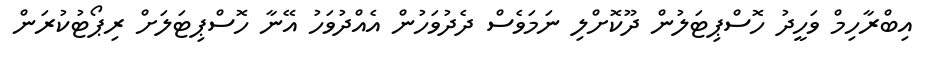
އިބްރާހިމް ވަހީދު ހޮސްޕިޓަލުން ދޫކޮށްލި ނަމަވެސް ދެދުވަހުން އެއްދުވަހު އޭނާ ހޮސްޕިޓަލަށް ރިޕޯޓުކުރަން